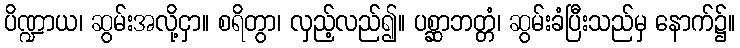
ပိဏ္ဍာယ၊ ဆွမ်းအလို့ငှာ။ စရိတွာ၊ လှည့်လည်၍။ ပစ္ဆာဘတ္တံ၊ ဆွမ်းခံပြီးသည်မှ နောက်၌။